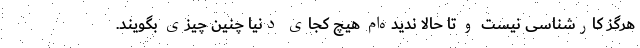
هرگز کارشناسی نیست و تا حالا ندیده‌ام هیچ کجای دنیا چنین چیزی بگویند.